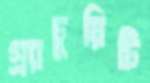
গ্র্যাচুয়িটি